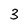
Character: 3